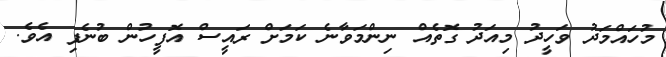
މުހައްމަދު ވަހީދު މިއަދު ގޮތެއް ނިންމަވާނެ ކަމަށް ރައީސް އޮފީހުން ބުނެފި އެވެ.